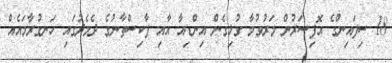
18 ސިފައިންގެ އޮފިސަރުން މަރުވުމާ ގުޅިގެން އިންޑިއާ އާއި ޕާކިސްތާނުގެ ދެމެދުގައި ހަނގުރާމައެއް